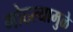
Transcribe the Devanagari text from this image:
गोठल्यामुळे